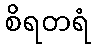
စိရတရံ